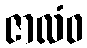
ဇာလံဝ